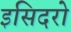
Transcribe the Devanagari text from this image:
इसिदरो